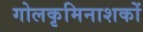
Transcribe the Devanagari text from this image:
गोलकृमिनाशकों